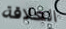
العلاقة